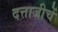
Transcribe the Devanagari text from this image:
दत्ताजीचें